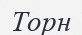
Торн